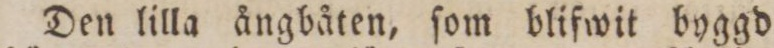
Den lilla ångbåten, ſom blifwit byggd